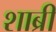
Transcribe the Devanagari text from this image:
शाब्री